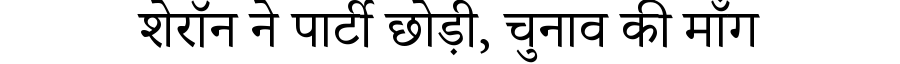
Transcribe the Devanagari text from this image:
शेरॉन ने पार्टी छोड़ी, चुनाव की माँग